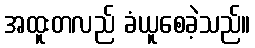
အထူးတလည် ခံယူစေခဲ့သည်။